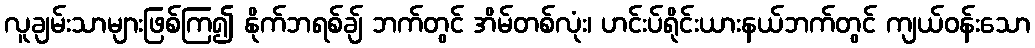
လူချမ်းသာများဖြစ်ကြ၍ နိုက်ဘရစ်ချ် ဘက်တွင် အိမ်တစ်လုံး၊ ဟင်းပ်ရိုင်းယားနယ်ဘက်တွင် ကျယ်ဝန်းသော